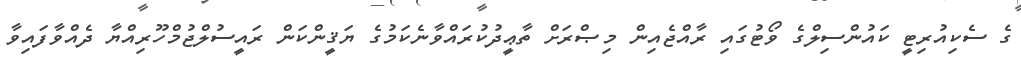
ގެ ސެކިއުރިޓީ ކައުންސިލްގެ ވޯޓުގައި ރާއްޖެއިން މިޞްރަށް ތާޢީދުކުރައްވާނެކަމުގެ ޔަޤީންކަން ރައީސުލްޖުމްހޫރިއްޔާ ދެއްވާފައިވާ